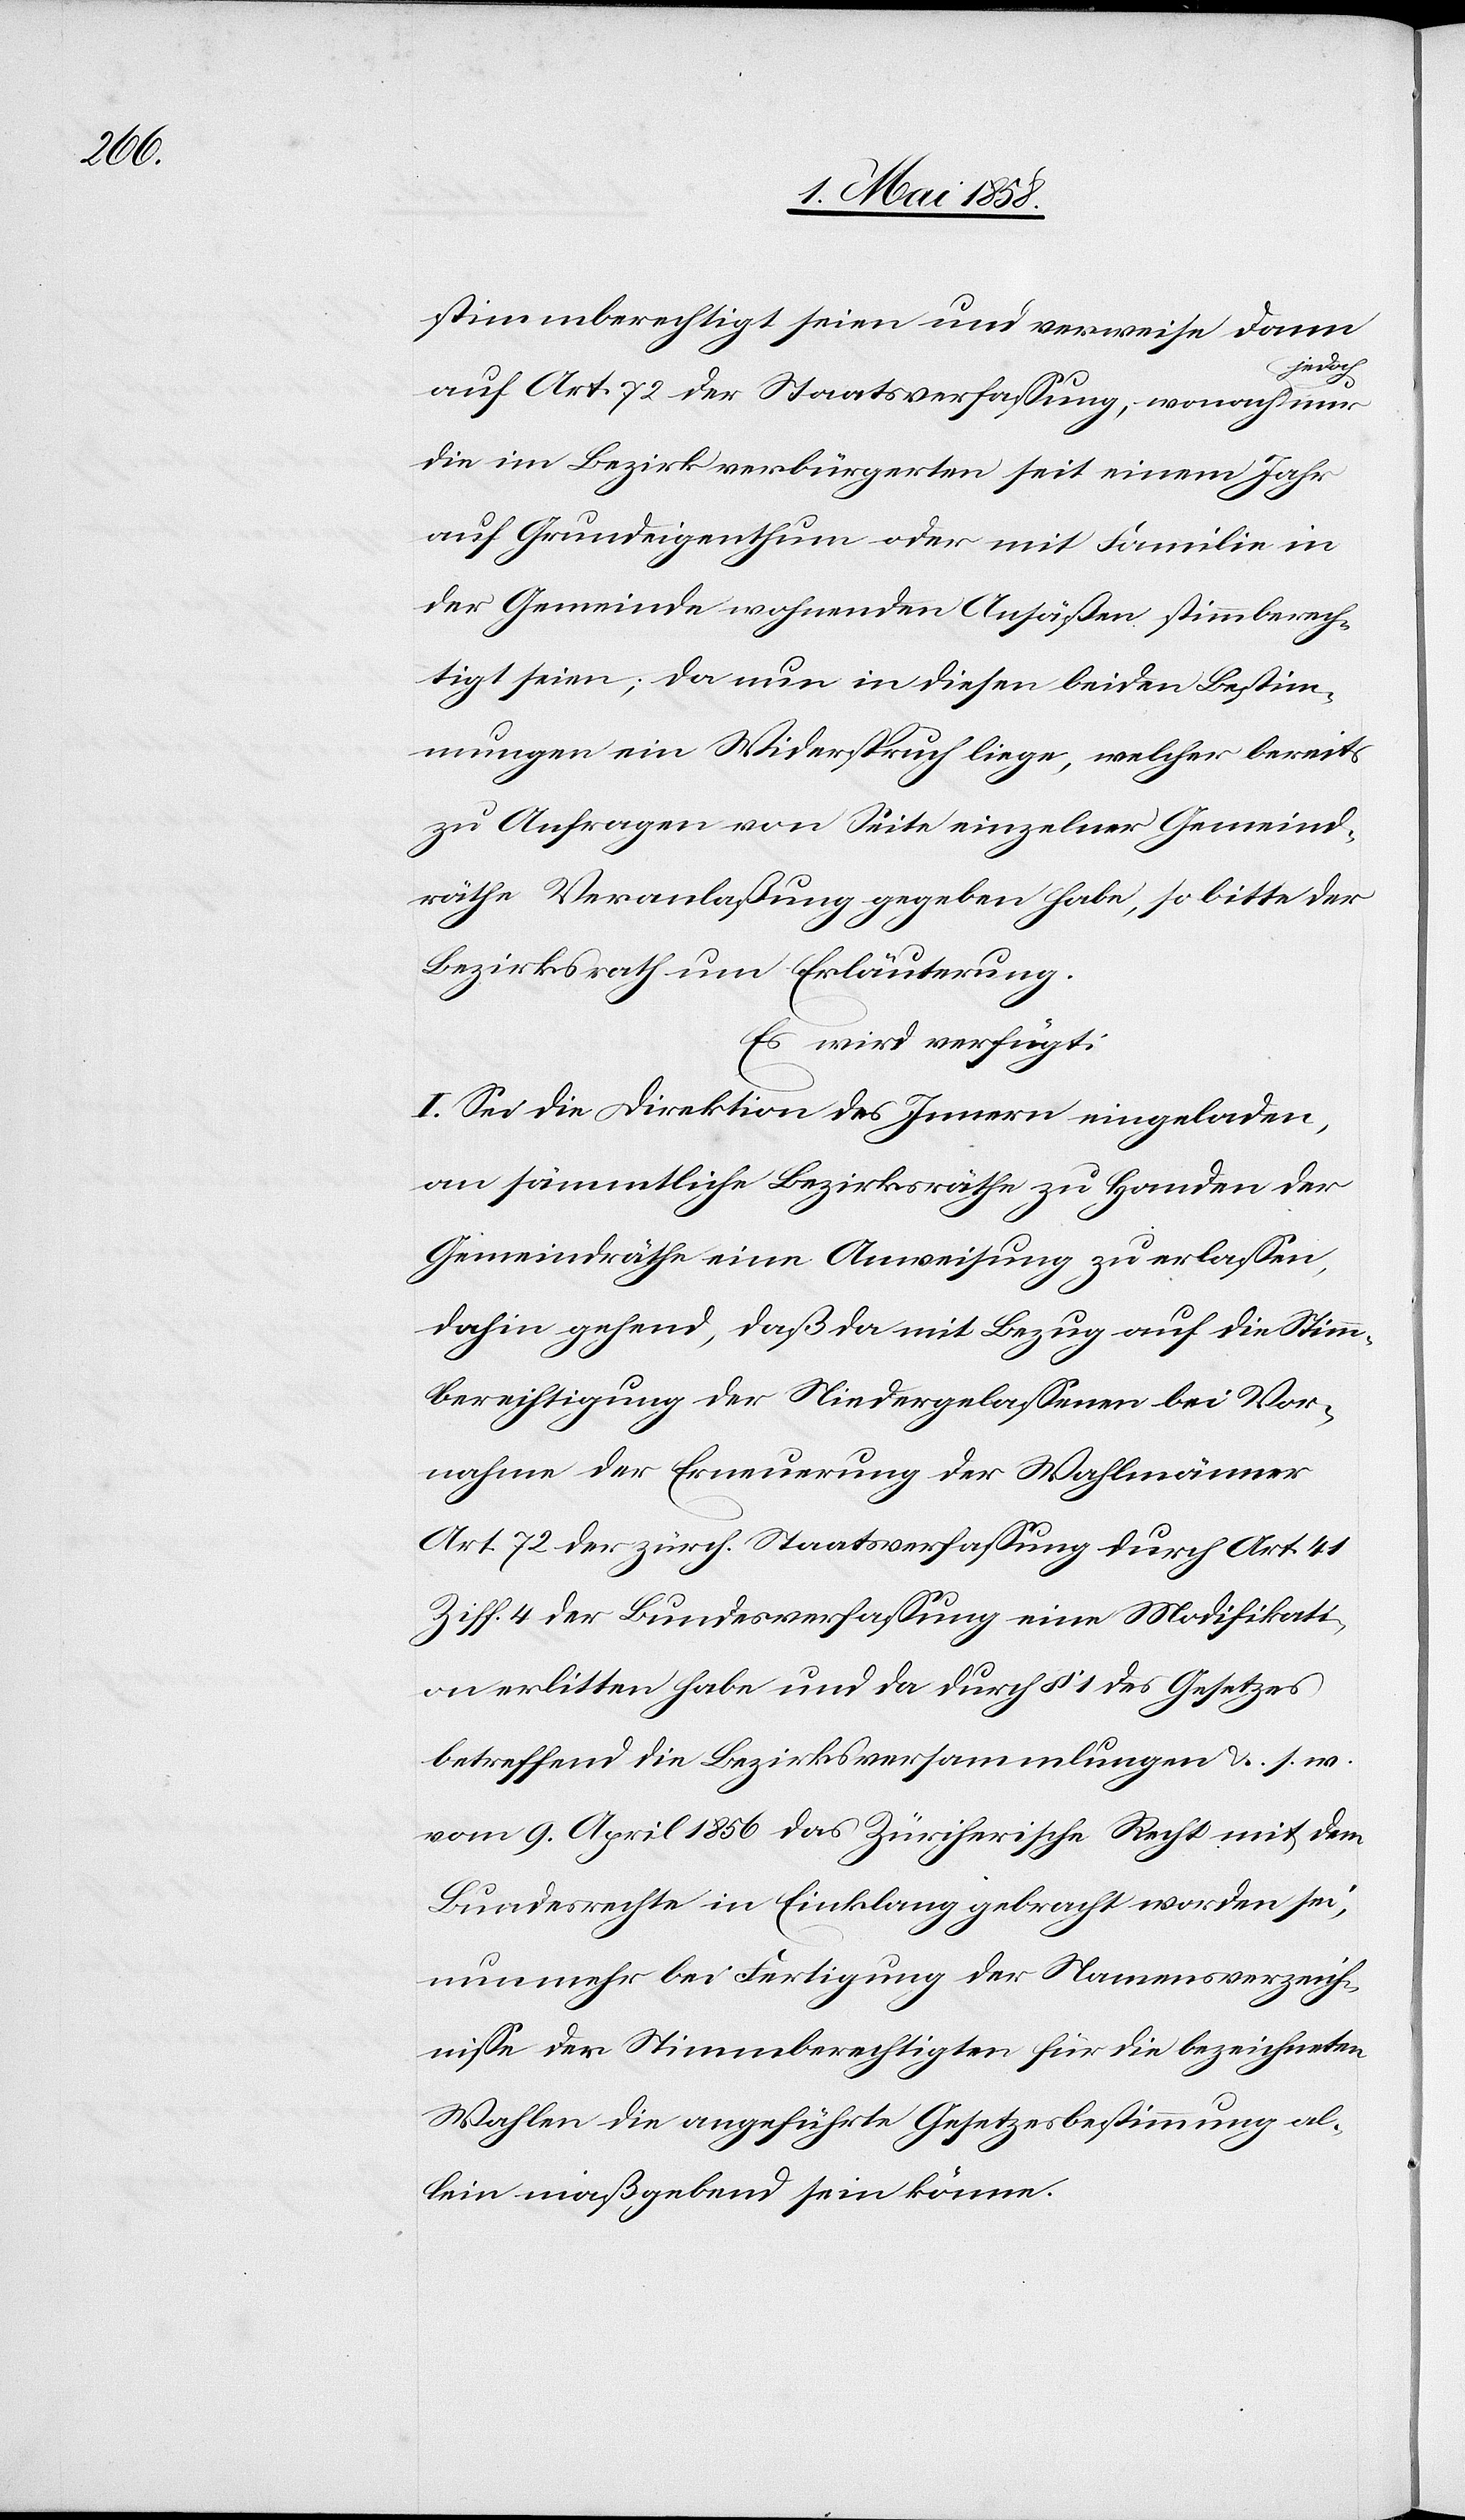
stimmberechtigt seien und verweise dann
edoch
auf Art. 72 der Staatsverfassung, wonach j¬
die im Bezirk verbürgerten seit einem Jahr
auf Grundeigenthum oder mit Familie in
der Gemeinde wohnenden Ansäßen stimmberech¬
tigt seien; da nun in diesen beiden Bestim¬
mungen ein Widerspruch liege, welcher bereits
zu Anfragen von Seite einzelner Gemeind¬
räthe Veranlaßung gegeben habe, so bitte der
Bezirksrath um Erläuterung.
Es wird verfügt:
I. Sei die Direktion des Innern eingeladen,
an sämmtliche Bezirksräthe zu Handen der
Gemeindräthe eine Anweisung zu erlassen,
dahin gehend, daß da mit Bezug auf die Stimm¬
berechtigung der Niedergelassenen bei Vor¬
nahme der Erneuerung der Wahlmänner
Ziff. 4 der zürch. Staatsverfassung durch Art. 41
Ziff. 4 der Bundesverfassung eine Modifikati¬
on erlitten habe und da durch § 1 des Gesetzes
betreffend die Bezirksversammlungen u. s. w.
vom 9. April 1856 das Zürcherische Recht mit dem
Bundesrechte in Einklang gebracht worden sei,
nunmehr bei Fertigung der Namensverzeich¬
nisse der Stimmberechtigten für die bezeichneten
Wahlen die angeführte Gesetzesbestimmung al¬
lein maßgebend sein könne.